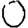
Digit: 0